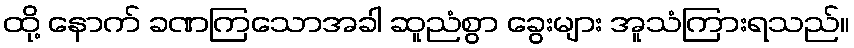
ထို့ နောက် ခဏကြသောအခါ ဆူညံစွာ ခွေးများ အူသံကြားရသည်။